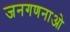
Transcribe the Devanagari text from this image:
जनगणनाओ